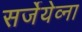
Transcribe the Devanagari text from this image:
सर्जेयेव्ना